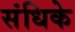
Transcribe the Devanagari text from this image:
संधिके